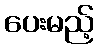
ပေးမည့်